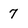
Character: 7